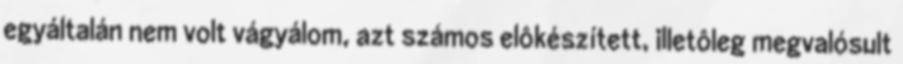
egyáltalán nem volt vágyálom, azt számos elôkészített, illetôleg megvalósult